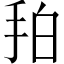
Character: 𢫗